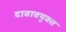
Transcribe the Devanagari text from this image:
दाबावयुक्त